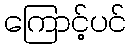
ကြောင့်ပင်